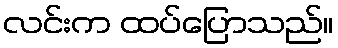
လင်းက ထပ်ပြောသည်။